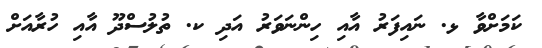
ކަމަށްވާ ޅ. ނައިފަރު އާއި ހިންނަވަރު އަދި ކ. ތުލުސްދޫ އާއި ހުރާއަށް